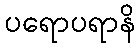
ပရောပရာနိ